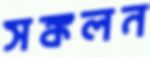
সঙ্কলন